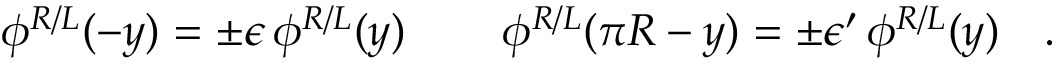
\phi ^ { R / L } ( - y ) = \pm \epsilon \, \phi ^ { R / L } ( y ) \, \qquad \phi ^ { R / L } ( \pi R - y ) = \pm \epsilon ^ { \prime } \, \phi ^ { R / L } ( y ) \quad .